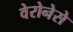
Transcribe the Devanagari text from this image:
वेरोनेसे